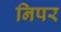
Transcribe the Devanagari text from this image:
निपर